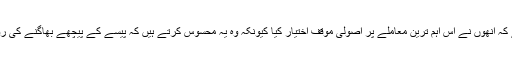
ذکاء اشرف نے کہا انھیں فخر ہے کہ انھوں نے اس اہم ترین معاملے پر اصولی موقف اختیار کیا کیونکہ وہ یہ محسوس کرتے ہیں کہ پیسے کے پیچھے بھاگنے کی روش سے کرکٹ تباہ ہو جائے گی۔